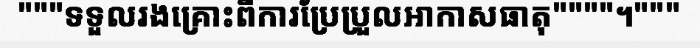
"""ទទួលរងគ្រោះពីការប្រែប្រួលអាកាសធាតុ""""។"""